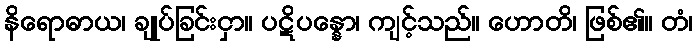
နိရောဓာယ၊ ချုပ်ခြင်းငှာ။ ပဋိပန္နော၊ ကျင့်သည်။ ဟောတိ၊ ဖြစ်၏။ တံ၊